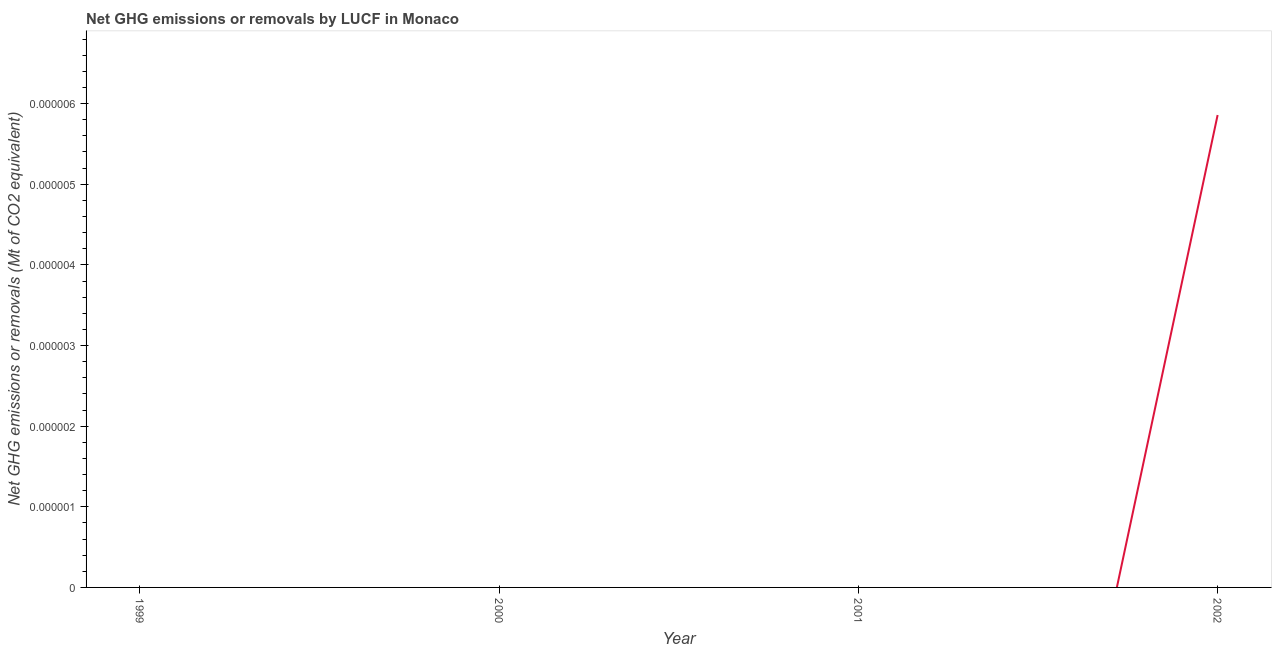
| Year | GHG net emissions or removals |
 | --- | --- |
 | 1999 | -1.4e-05 |
 | 2000 | -1.34e-05 |
 | 2001 | -1.5e-05 |
 | 2002 | 5.86e-06 |